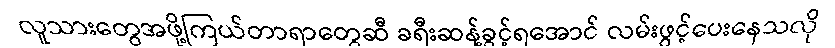
လူသားတွေအဖို့ကြယ်တာရာတွေဆီ ခရီးဆန့်ခွင့်ရအောင် လမ်းဖွင့်ပေးနေသလို